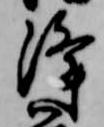
浄